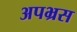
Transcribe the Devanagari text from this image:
अपभ्रस